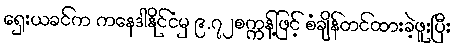
ရှေးယခင်က ကနေဒါနိုင်ငံမှ ၉.၇၂စက္ကန့်ဖြင့် စံချိန်တင်ထားခဲ့ဖူးပြီး